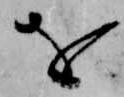
を